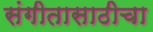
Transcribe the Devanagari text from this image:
संगीतासाठीचा